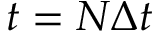
t = N \Delta t